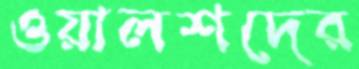
ওয়ালশদের